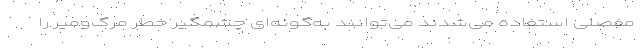
مفصلی استفاده می‌شدند می‌توانند به‌گونه‌ای چشمگیر خطر مرگ‌ومیر را